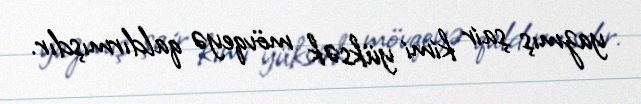
yazmış şair kimi yüksək mövqeyə qaldırmışdır.